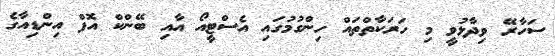
ސަހާރޭ ވިދާޅުވީ މި ހަރަކާތްތައް ހިންގުމުގައި އެސްޓީއޯ އާއި ބޭންކް އޮފް އިންޑިއާގެ